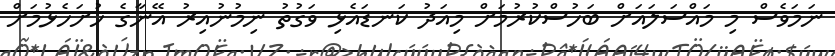
ނަމަވެސް މި މައްސަލައަށް ބަހުސްކުރުމަށް މިއަދު ކަނޑައެޅި ވަގުތު ނިމުނުއިރު އޭނާގެ ހުށަހެޅުމަށް